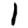
Digit: 1